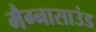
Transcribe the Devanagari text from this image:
मैग्नासाउंड